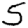
Digit: 5